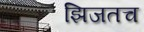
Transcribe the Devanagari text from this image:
झिजतच